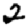
Digit: 2